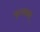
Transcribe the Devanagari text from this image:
फूलबाबू